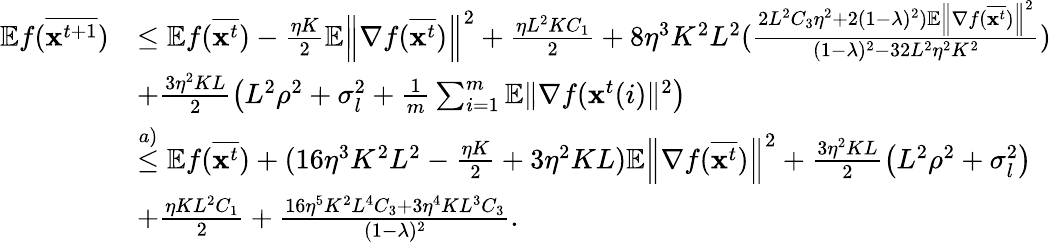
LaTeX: \begin{array}{rl}{\mathbb{E}f(\overline{{\mathbf{x}^{t+1}}})}&{\leq\mathbb{E}f(\overline{{\mathbf{x}^{t}}})-\frac{\eta K}{2}\mathbb{E}\left\| \nabla f(\overline{{\mathbf{x}^{t}}})\right\| ^{2}+\frac{\eta L^{2}KC_{1}}{2}+8\eta^{3}K^{2}L^{2}(\frac{2L^{2}C_{3}\eta^{2}+2(1-\lambda)^{2})\mathbb{E}\left\| \nabla f(\overline{{\mathbf{x}^{t}}})\right\| ^{2}}{(1-\lambda)^{2}-32L^{2}\eta^{2}K^{2}})}\\ &{+\frac{3\eta^{2}KL}{2}\left(L^{2}\rho^{2}+\sigma_{l}^{2}+\frac{1}{m}\sum_{i=1}^{m}\mathbb{E}\| \nabla f(\mathbf{x}^{t}(i)\| ^{2}\right)}\\ &{\overset{a)}{\leq}\mathbb{E}f(\overline{{\mathbf{x}^{t}}})+(16\eta^{3}K^{2}L^{2}-\frac{\eta K}{2}+3\eta^{2}KL)\mathbb{E}\left\| \nabla f(\overline{{\mathbf{x}^{t}}})\right\| ^{2}+\frac{3\eta^{2}KL}{2}\left(L^{2}\rho^{2}+\sigma_{l}^{2}\right)}\\ &{+\frac{\eta KL^{2}C_{1}}{2}+\frac{16\eta^{5}K^{2}L^{4}C_{3}+3\eta^{4}KL^{3}C_{3}}{(1-\lambda)^{2}}.}\end{array}